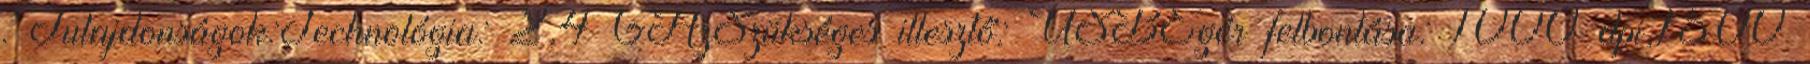
. Tulajdonságok:Technológia: 2,4 GHzSzükséges illesztő: USBEgér felbontása: 1000 dpi,1500